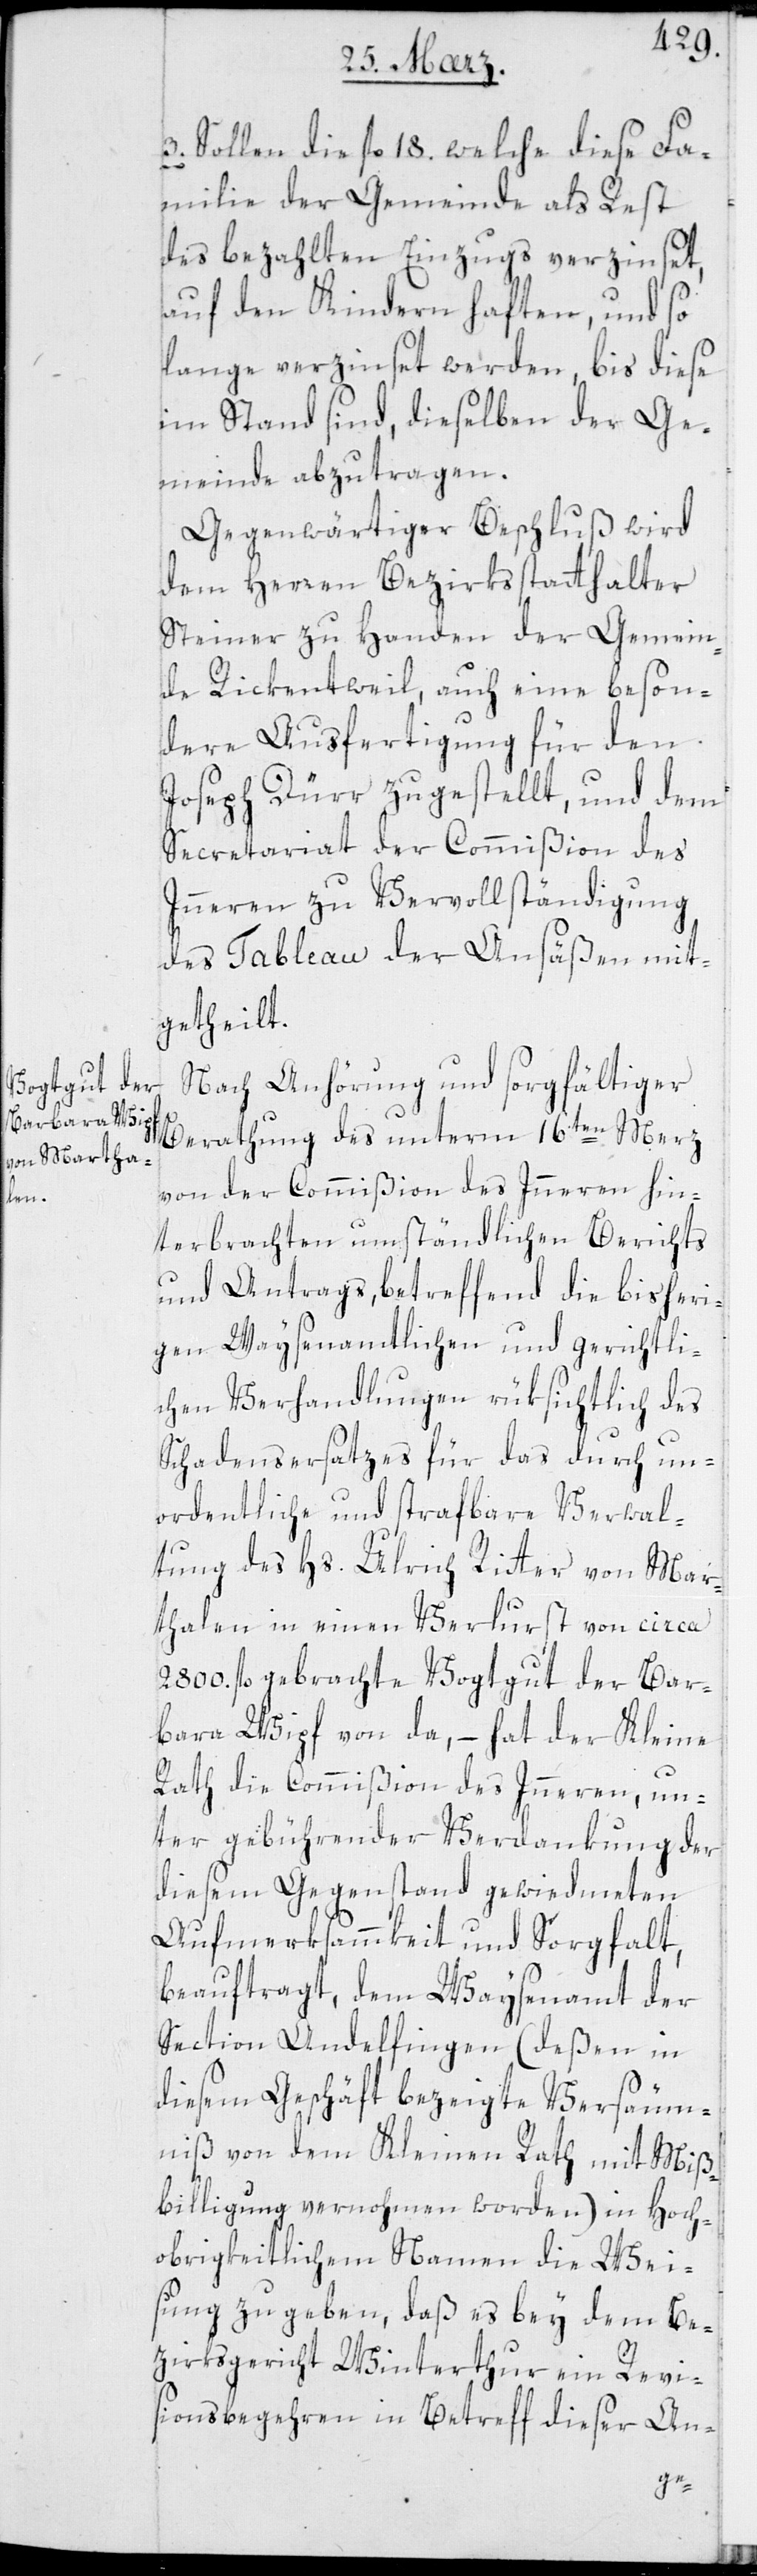
3. Sollen die fl. 18., welche diese Fa¬
milie der Gemeinde als Rest
des bezahlten Einzugs verzinset,
auf den Kindern haften, und so
lange verzinset werden, bis diese
im Stand sind, dieselben der Ge¬
meinde abzutragen.
Gegenwärtiger Beschluß wird
dem Herren Bezirksstatthalter
Steiner zu Handen der Gemein¬
de Rickentweil, auch eine beson¬
dere Ausfertigung für den
Joseph Dürr zugestellt, und dem
Secretariat der Commißion des
Innern zu Vervollständigung
des Tableau der Ansäßen mit¬
getheilt.
Nach Anhörung und sorgfältiger
Berathung des unterm 16ten Merz
von der Commißion des Innern hin¬
terbrachten umständlichen Berichts
und Antrags, betreffend die bisheri¬
gen Waysenamtlichen und gerichtli¬
chen Verhandlungen rüksichtlich des
Schadensersatzes für das durch un¬
ordentliche und strafbare Verwal¬
tung des Hs. Ulrich Ritter von Mar¬
thalen in einen Verlust von circa
2800. fl. gebrachte Vogtgut der Bar¬
bara Wipf von da, – hat der Kleine
Rath die Commißion des Innern, un¬
ter gebührender Verdankung der
diesem Gegenstand gewidmeten
Aufmerksammkeit und Sorgfalt,
beauftragt, dem Waysenamt der
Section Andelfingen (deßen in
diesem Geschäft bezeigte Versäum¬
nis von dem Kleinen Rath mit Miß¬
billigung vernommen worden) in Hoch¬
obrigkeitlichem Namen die Wei¬
sung zu geben, daß es bey dem Be¬
zirksgericht Winterthur ein Revi¬
sionsbegehren in Betreff dieser An-